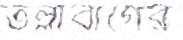
তল্লাবাগের